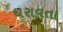
ધરાવતા